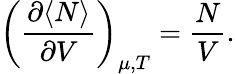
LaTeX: \left({\frac{\partial\langle N\rangle}{\partial V}}\right)_{\mu,T}={\frac{N}{V}}.